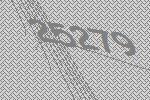
25279